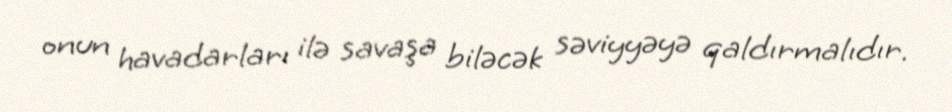
onun havadarları ilə savaşa biləcək səviyyəyə qaldırmalıdır.